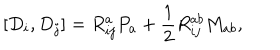
[ D _ { i } , D _ { j } ] = R _ { i j } ^ { a } P _ { a } + \frac { 1 } { 2 } R _ { i j } ^ { a b } M _ { a b } ,